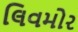
લિવમોર